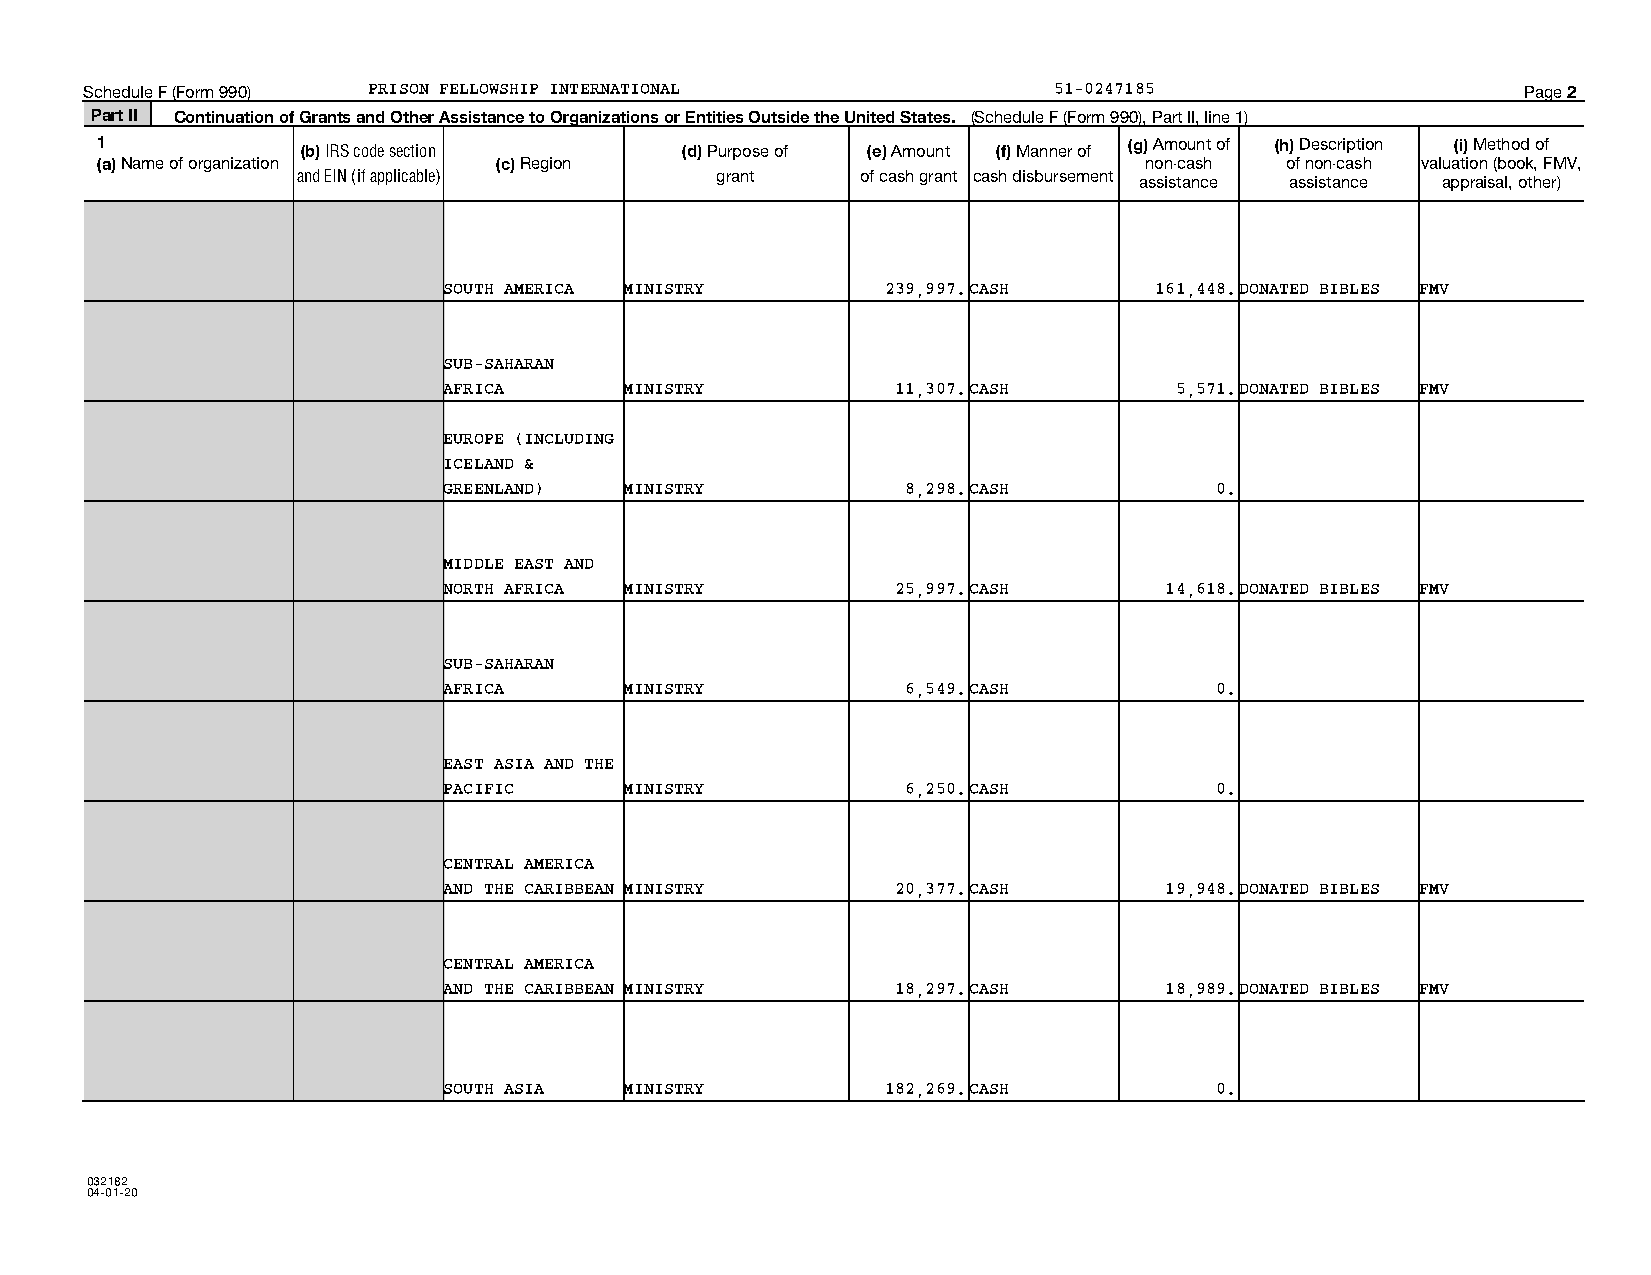
Schedule F (Form 990) PRISON FELLOWSHIP INTERNATIONAL           51-0247185                     Page 2
 Part II Continuation of Grants and Other Assistance to Organizations or Entities Outside the United States. (Schedule F (Form 990), Part II, line 1)
 1             (b) IRS code section     (d) Purpose of (e) Amount (f) Manner of (g) Amount of (h) Description (i) Method of
 (a) Name of organization   (c) Region                                 non-cash of non-cash valuation (book, FMV,
 and EIN (if applicable)    grant     of cash grant cash disbursement assistance assistance appraisal, other)
 SOUTH AMERICA MINISTRY        239,997.CASH     161,448.DONATED BIBLES FMV
 SUB-SAHARAN
 AFRICA      MINISTRY          11,307.CASH        5,571.DONATED BIBLES FMV
 EUROPE (INCLUDING
 ICELAND &
 GREENLAND)  MINISTRY           8,298.CASH          0.
 MIDDLE EAST AND
 NORTH AFRICA MINISTRY         25,997.CASH       14,618.DONATED BIBLES FMV
 SUB-SAHARAN
 AFRICA      MINISTRY           6,549.CASH          0.
 EAST ASIA AND THE
 PACIFIC     MINISTRY           6,250.CASH          0.
 CENTRAL AMERICA
 AND THE CARIBBEAN MINISTRY    20,377.CASH       19,948.DONATED BIBLES FMV
 CENTRAL AMERICA
 AND THE CARIBBEAN MINISTRY    18,297.CASH       18,989.DONATED BIBLES FMV
 SOUTH ASIA  MINISTRY          182,269.CASH         0.
 032182
 04-01-20